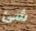
شئ